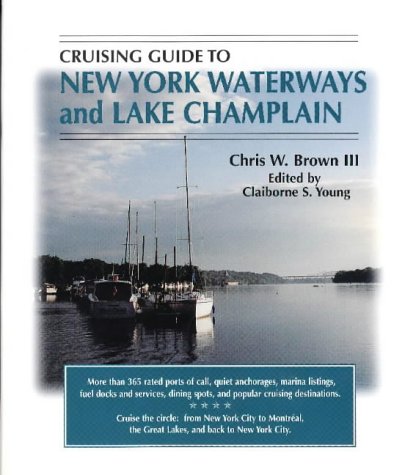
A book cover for Cruising Guide To New York Waterways And Lake Champlain (Cruising Guide to New York Waterways & Lake Champlain); Chris Brown III; Travel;